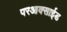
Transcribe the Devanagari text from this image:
परआक्साईड